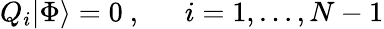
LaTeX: Q_{i}|\Phi\rangle=0\ ,\ \ \quad i=1,\ldots,N-1